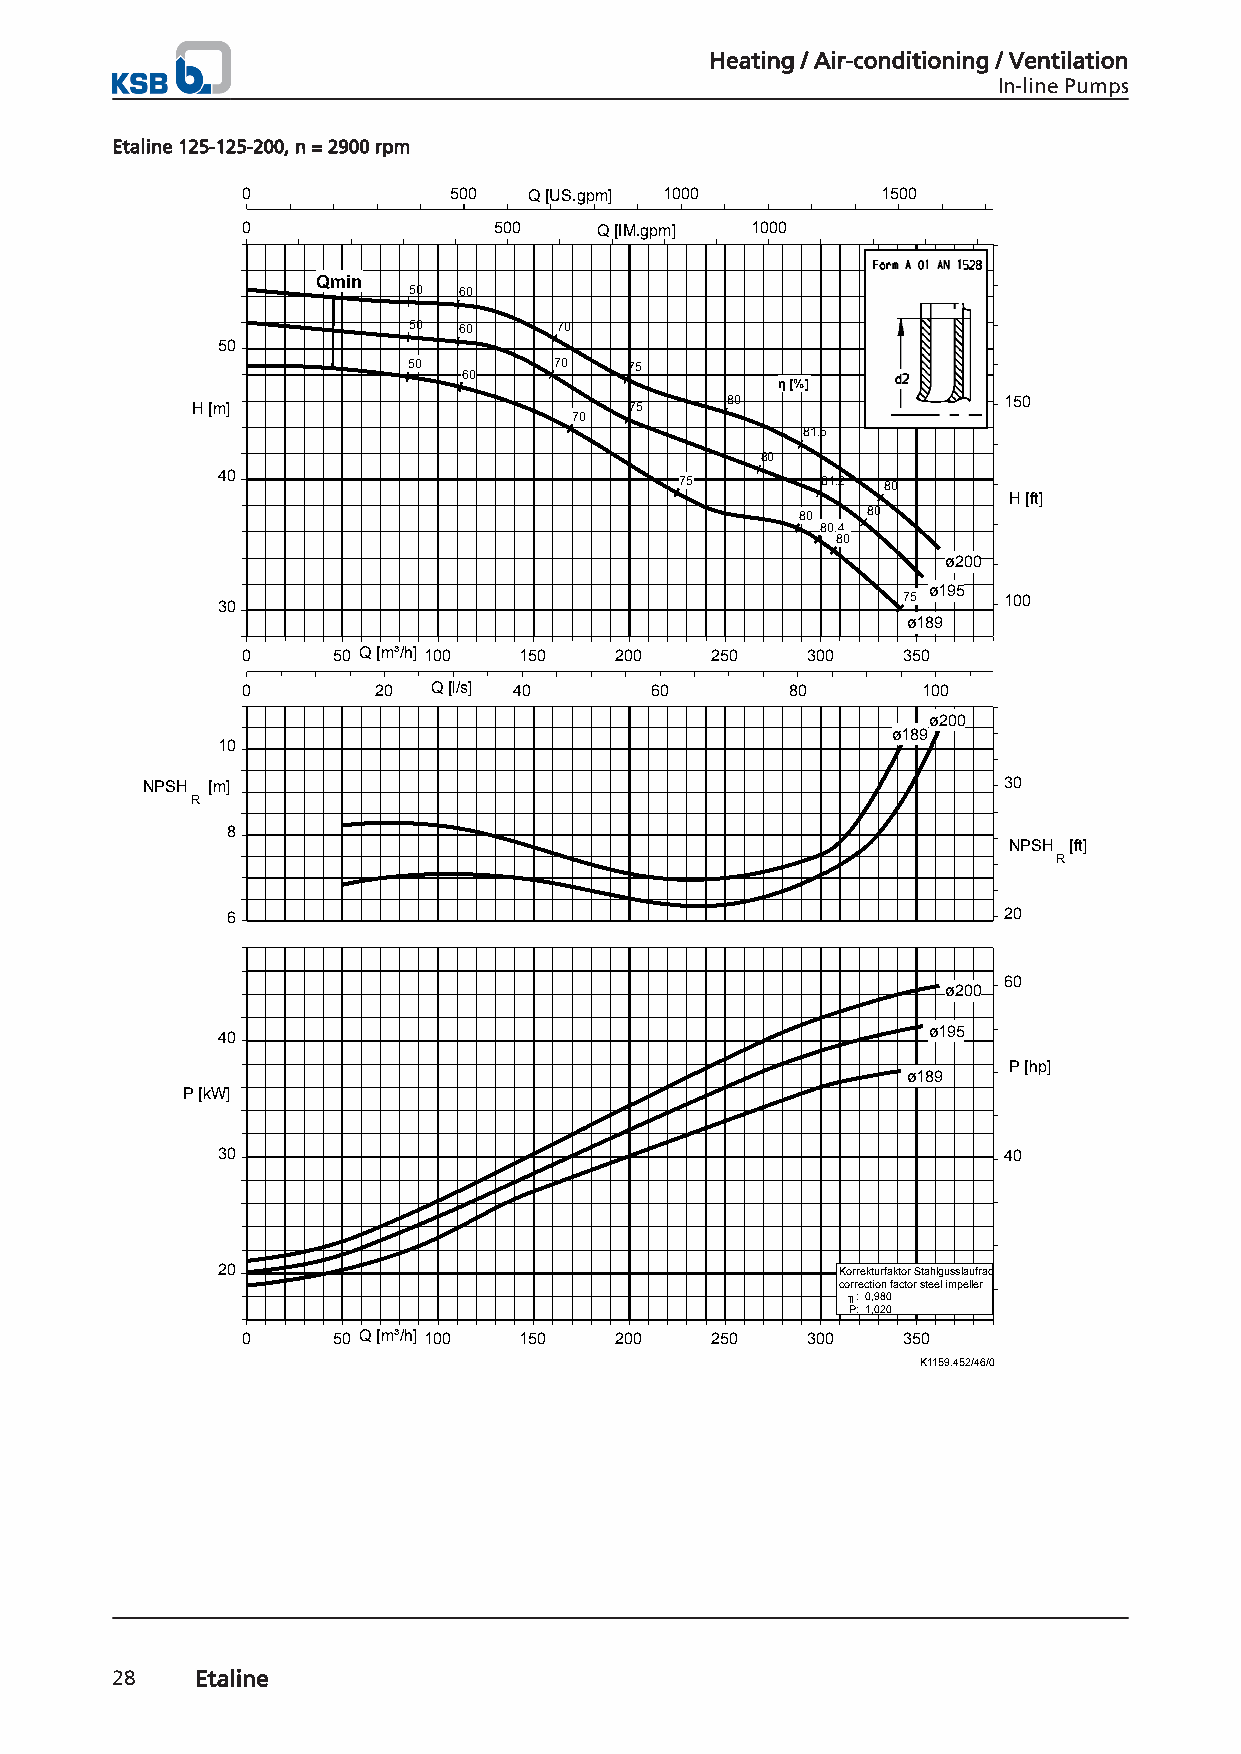
Heating / Air-conditioning / Ventilation
 In-line Pumps
 Etaline 125-125-200, n = 2900 rpm
 0             500  Q [US.gpm] 1000        1500
 0                500   Q [IM.gpm] 1000
 Qmin
 50 60
 50 60     70
 50
 50        70   75
 60
 η [%]
 80                150
 H [m]                        75
 70
 81.5
 80
 40                             75       81.2 80
 H [ft]
 80  80
 80.4
 80
 ø200
 ø195
 75    100
 30
 ø189
 0     50 Q [m³/h] 100 150 200  250   300    350
 0        20 Q [l/s] 40     60       80       100
 ø200
 ø189
 10
 NPSH [m]                                                 30
 R
 8
 NPSH [ft]
 R
 6                                                  20
 60
 ø200
 40                                             ø195
 P [hp]
 ø189
 P [kW]
 30                                                  40
 20                                        Korrekturfaktor Stahlgusslaufrad
 correction factor steel impeller
 ╖: 0,980
 P: 1,020
 0     50 Q [m³/h] 100 150 200  250   300    350
 K1159.452/46/0
 28    Etaline